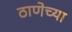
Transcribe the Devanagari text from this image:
ठाणेच्‍या